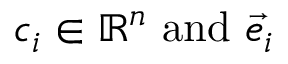
c _ { i } \in \mathbb { R } ^ { n } { \mathrm { ~ a n d ~ } } { \vec { e } } _ { i }